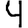
Digit: 4